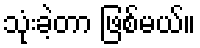
သုံးခဲ့တာ ဖြစ်မယ်။